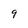
Character: 9